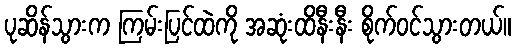
ပုဆိန်သွားက ကြမ်းပြင်ထဲကို အဆုံးထိနီးနီး စိုက်ဝင်သွားတယ်။